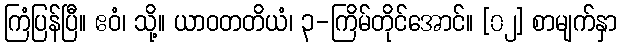
ကြံပြန်ပြီ။ ဧဝံ၊ သို့။ ယာဝတတိယံ၊ ၃-ကြိမ်တိုင်အောင်။ [၀၂] စာမျက်နှာ